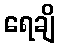
ရေချိ